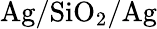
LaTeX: \mathrm{Ag/SiO_{2}/Ag}